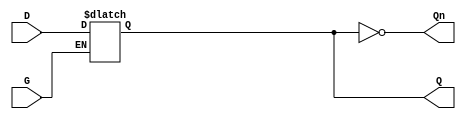
module GatedTransparentLatch (
    input wire D,     // Data Input
    input wire G,     // Gate/Enable Signal
    output reg Q,     // Output
    output wire Qn    // Complement Output
);

// Complement output
assign Qn = ~Q;

// Always block that describes the behavior of the latch
always @(*) begin
    if (G) begin
        Q = D; // When G is high, output follows input
    end
    // When G is low, Q retains its value (holds state)
end

endmodule